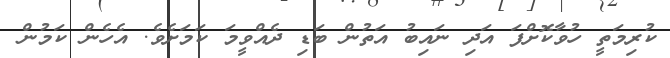
ކުރިމަތީ ހުވާކޮށްފަ އަދި ނައިބު އަތުން ބަޑި ދެއްވީމަ ކަމަށެވެ. އެހެން ކަމުން